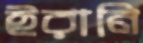
ইরানি